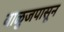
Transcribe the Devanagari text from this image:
वाळुजपासून